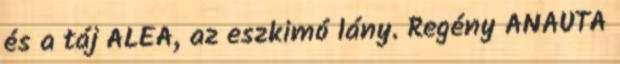
és a táj ALEA, az eszkimó lány. Regény ANAUTA